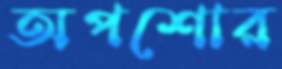
অপশোর